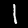
Label: 1